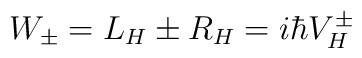
W_{\pm}  = L_H \pm R_H  = i\hbar V^{\pm}_{H}